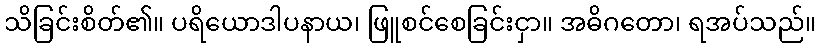
သိခြင်းစိတ်၏။ ပရိယောဒါပနာယ၊ ဖြူစင်စေခြင်းငှာ။ အဓိဂတော၊ ရအပ်သည်။